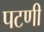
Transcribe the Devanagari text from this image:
पटणी